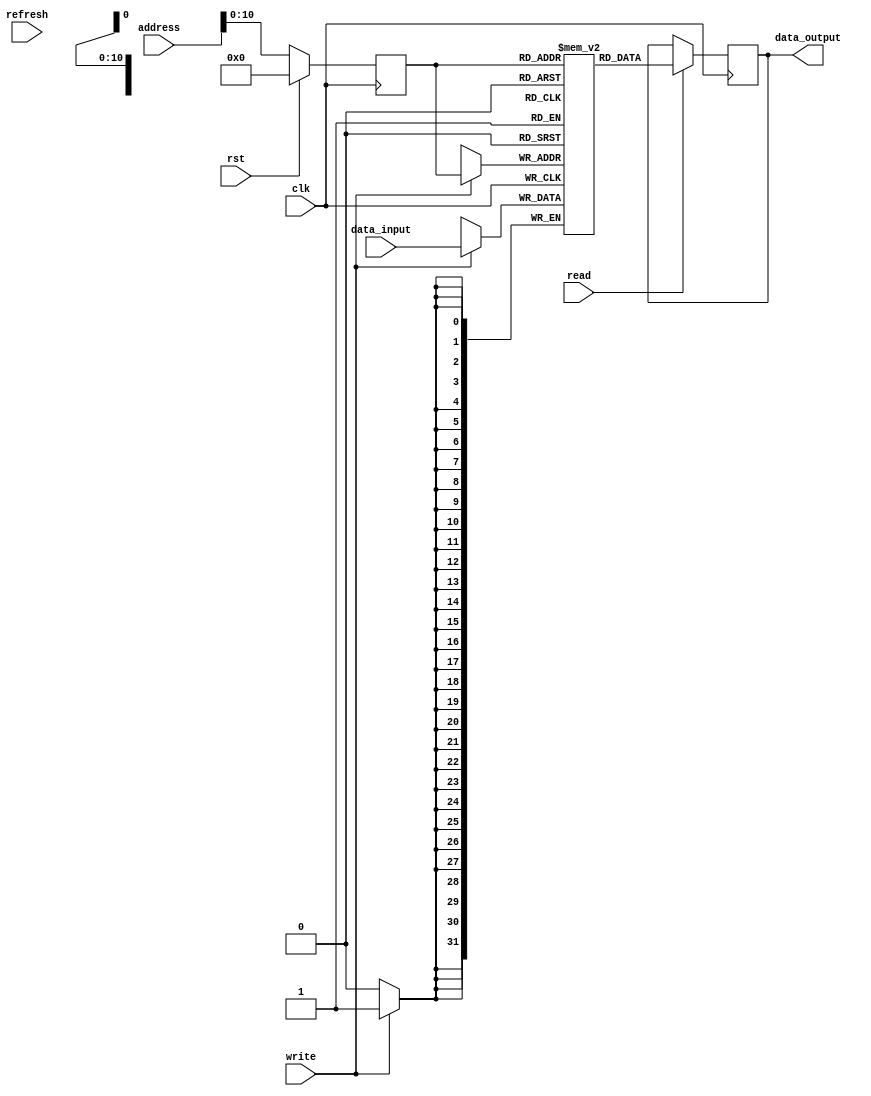
module SDRAM (
    input wire clk,
    input wire rst,
    input wire [11:0] address,
    input wire read,
    input wire write,
    input wire refresh,
    input wire [31:0] data_input,
    output reg [31:0] data_output
);

// Memory cells array declaration
reg [31:0] memory [0:2047];

// Address decoding logic
reg [11:0] selected_address;

always @(posedge clk) begin
    if (rst) begin
        selected_address <= 12'd0;
    end else begin
        selected_address <= address;
    end
end

// Data input and output registers
reg [31:0] input_reg;
reg [31:0] output_reg;

always @(posedge clk) begin
    if (write) begin
        memory[selected_address] <= data_input;
    end
    
    if (read) begin
        data_output <= memory[selected_address];
    end
    
    if (refresh) begin
        // Perform refresh operation
    end
end

endmodule